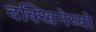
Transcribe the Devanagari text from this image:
दक्खिनेय्यो